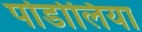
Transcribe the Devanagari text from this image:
पोडोलिया